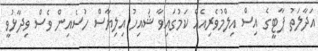
އަދާލަތު ޕާޓީގެ އިސް އިލްމުވެރިއެއް ކަމުގައިވާ ޝައިހު އިލިޔާސް ހުސެއިން ވެސް ވިދާޅުވީ